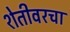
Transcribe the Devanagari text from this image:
शेतीवरचा